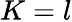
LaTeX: K=l